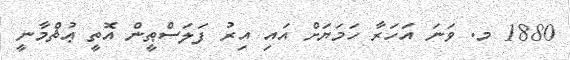
1880 މ. ވަނަ އަހަރާ ހަމަޔަށް އައި އިރު ފަލަސްޠީން އޮތީ ޢުޘްމާނީ